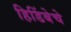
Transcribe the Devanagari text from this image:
हिडिंबेचे